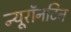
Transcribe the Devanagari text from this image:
न्यूरॉनटिन